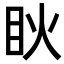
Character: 𥄣